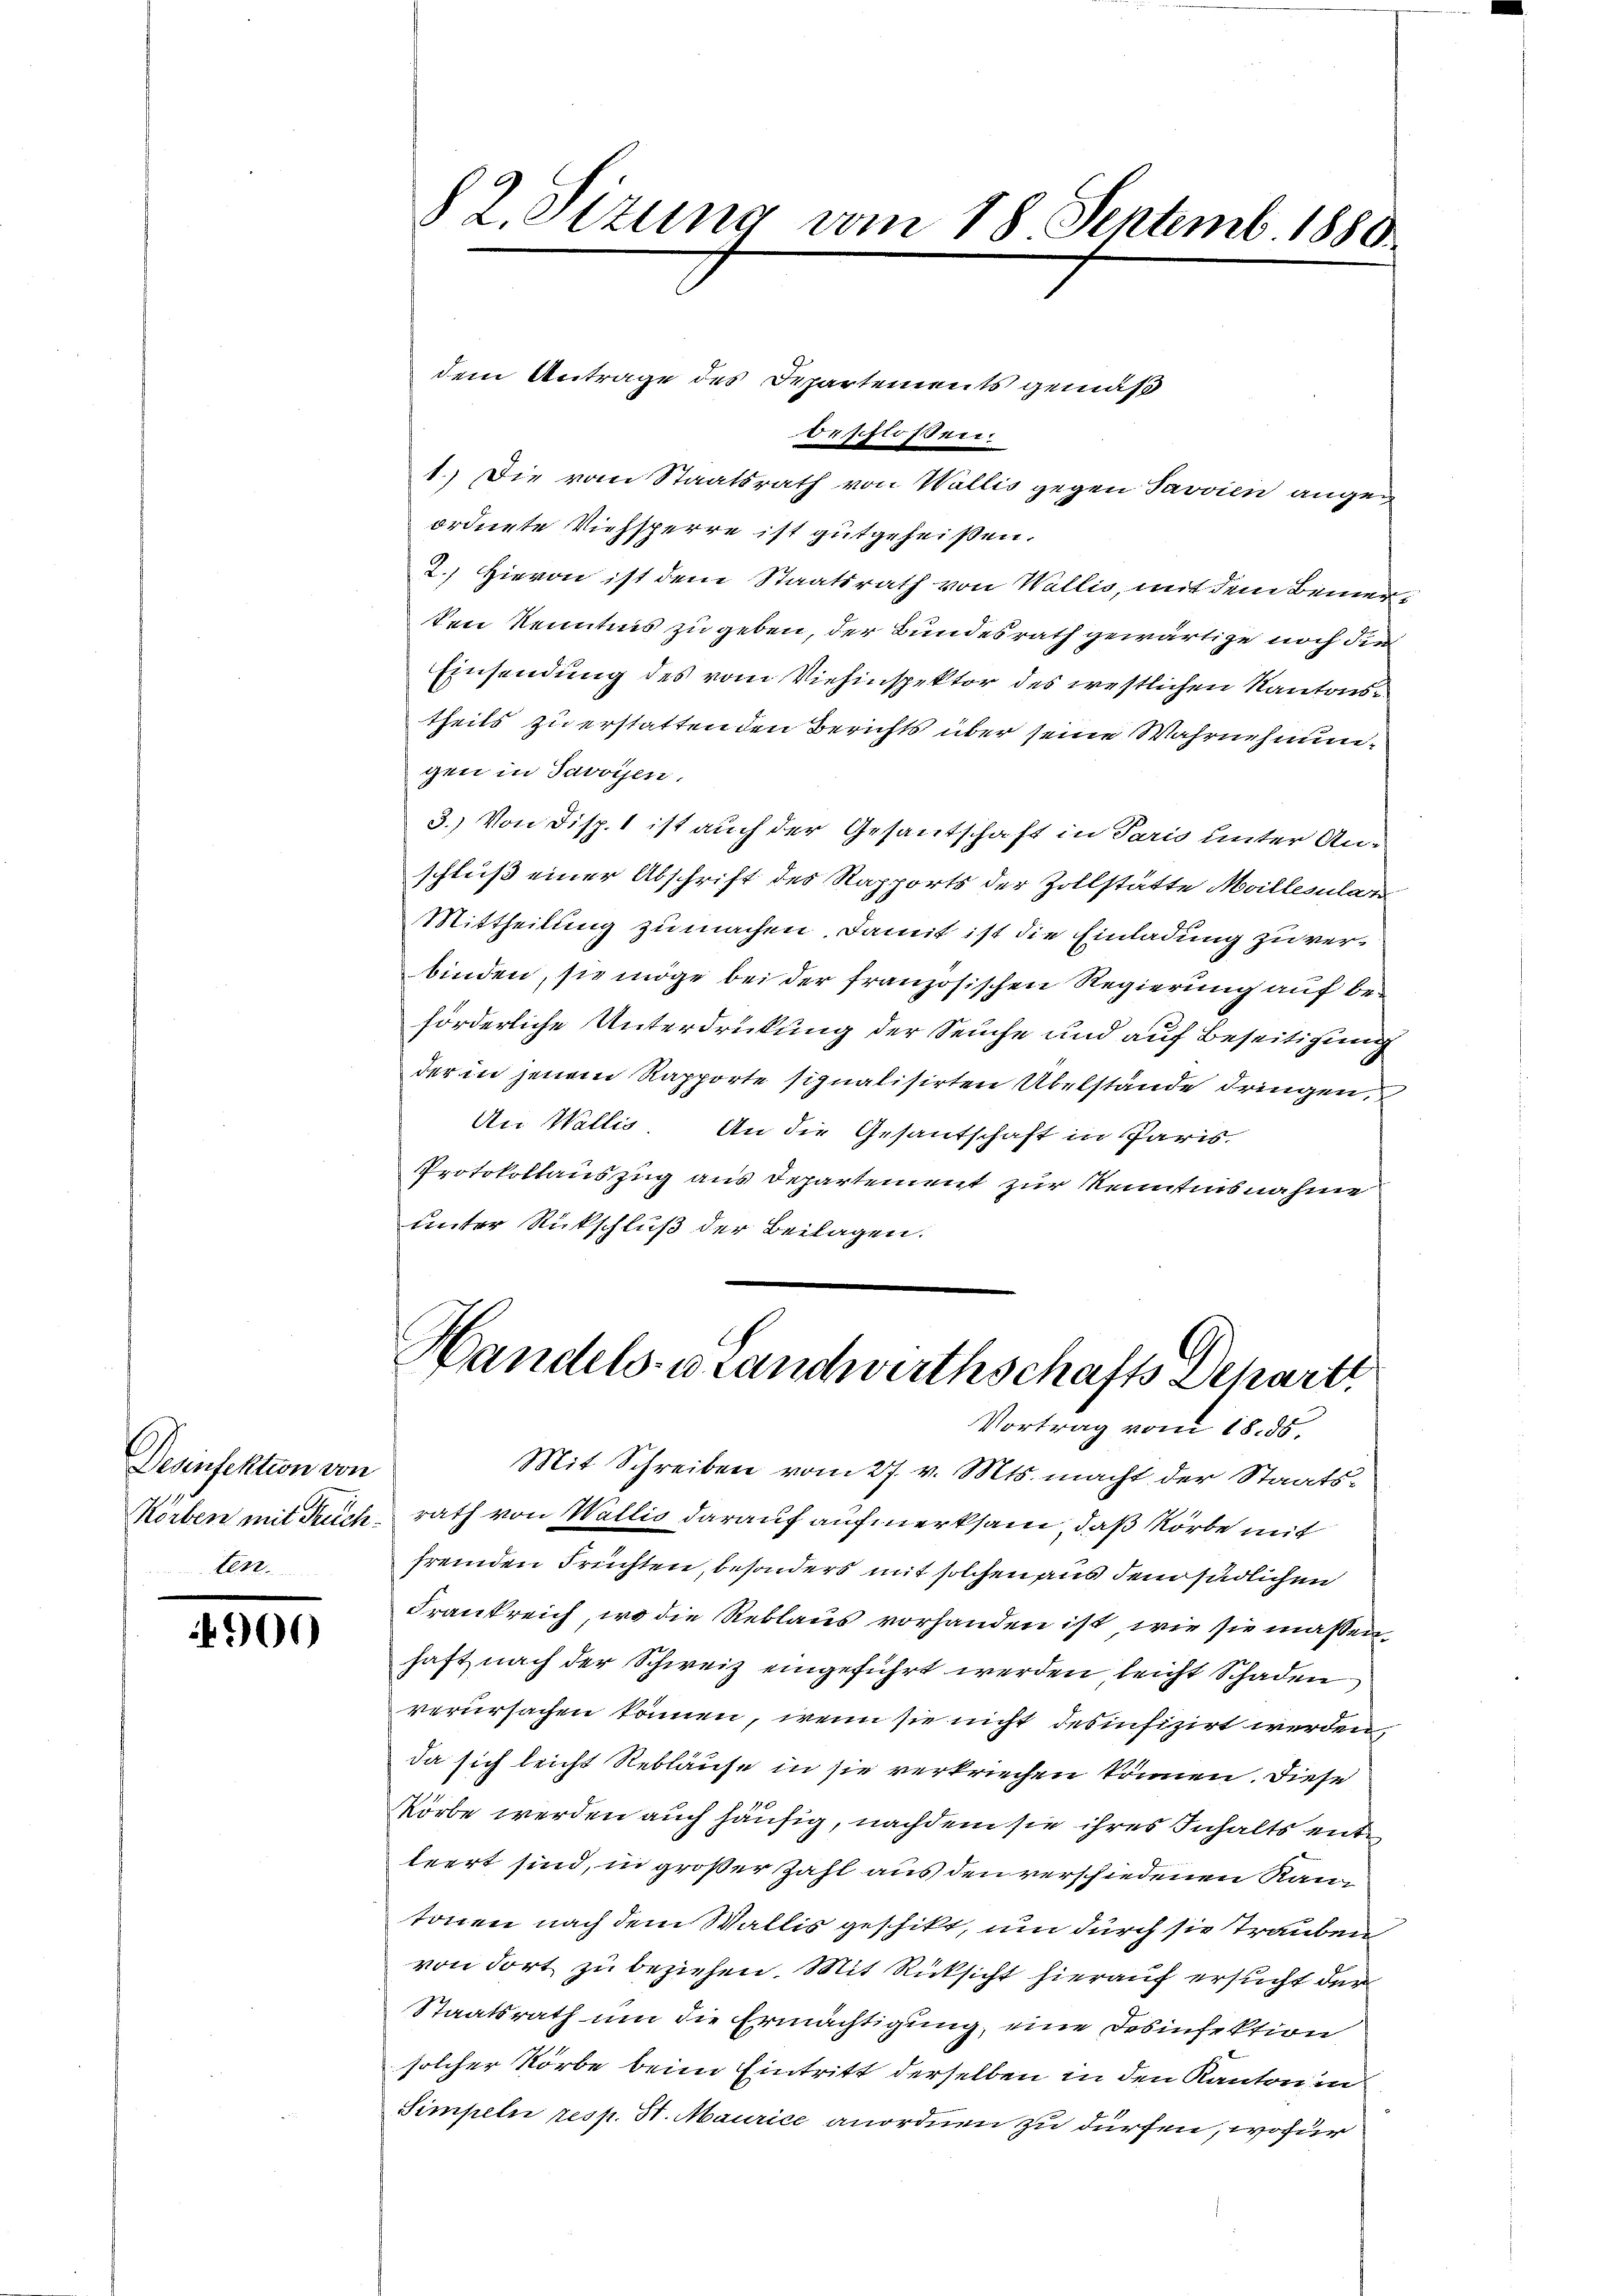
Desinfektion von
ler

4900)

§ 2. Sizung vom 18 Septemb. 1880

dem Antrage des Departements gemäß
beschlossen:
1.) Die vom Staatsrath von Wallis gegen Savvien angeordnete Viehsperre ist gutgeheißen.
2.) Hievon ist dem Staatsrath von Wallis, mit dem Bemerten Kenntnis zu geben, der Bundesrath gewärtige noch die
Einsendung des vom Viehinspektor des westlichen Kantons
theils zu erstatten den Berichts über seine Wahrnehmungen in Javoyen.
3.) Von Disp. 1 ist auch der Gesantschaft in Paris unter An-
schluß einer Abschrift des Rapports der Zollstätte Meillesular
Mittheilung zu machen. Damit ist die Einladung zu verbinden, sie möge bei der französischen Regierung auf beförderliche Unterdrückung der Seuche und auf Beseitigung
der in jenem Rapporte signalisirten Übelstände dringen,
An Wallis. An die Gesantschaft in Paris
Protokollauszug aus Departement zur Kenntnisnahme
unter Rückschluß der Beilagen.

Handels- u Landwirthschafts Departi
Vortrag vom 18. ds.

Mit Schreiben vom 27. v. Mts. macht der Staats¬
Körben mit Truch rath von Wallis darauf aufmerksam, daß Körbe mit
fremden Früchten, besonders mit solchen aus dem südlichen
Frankreich, wo die Reblaus vorhanden ist, wie sie massen
haft nach der Schweiz eingeführt werden leicht Schaden
verursachen können, wenn sie nicht desinfizirt werden,
da sich leicht Reblause in sie verkriechen können. Diese
Körbe werden auch häufig, nachdem sie ihres Inhalts entleert sind, in großer Zahl aus den verschiedenen Ran
tonen nach dem Wallis geschikt, um durch sie trauben
von dort zu beziehen. Mit Rücksicht hierauf ersucht der
Staatsrath um die Ermächtigung, eine Desinfektion
solcher Körbe beim Eintritt derselben in den Kanton und
Simpeln resp. 31. Maurice anordnen zu dürfen, wofür